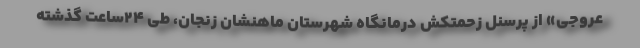
عروجی» از پرسنل زحمتکش درمانگاه شهرستان ماهنشان زنجان، طی ۲۴ساعت گذشته